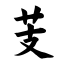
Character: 芰